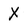
Character: X